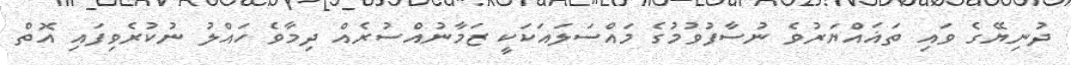
ދުނިޔޭގެ ވައި ތަޣައްޔަރުވެ ނުސާފުވުމުގެ މައްސަލައަކަކީ ޒަމާނުއްސުރެއް ދިމާވެ ހައްލު ނުކުރެވިފައި އޮތް